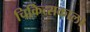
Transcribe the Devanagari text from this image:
चिकित्सकाला